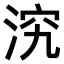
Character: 𣵇